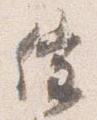
催